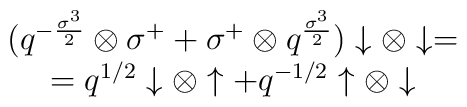
\begin{array}{c}(q^{-{\sigma^3\over 2}}\otimes \sigma^++\sigma^+\otimes q^{\sigma^3\over 2})\downarrow\otimes\downarrow=\\=q^{1/2}\downarrow\otimes\uparrow+q^{-1/2}\uparrow\otimes\downarrow\end{array}